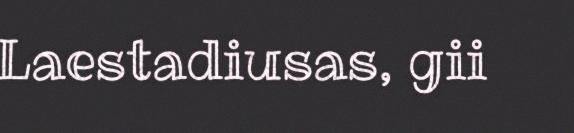
Laestadiusas, gii